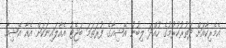
އެމެރިކާއަށް ދަތުރުކުރުމުގެ ހުއްދަ ލިބުނު އޭޝިއާގެ ފުރަތަމަ ބަޖެޓު އެއާލައިނަކަށް އެއާ އޭޝިއާ